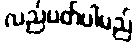
လည်ပတ်ပါမည်